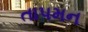
તાપમન